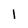
Character: 1